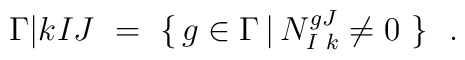
\Gamma \vert{k}{I}{J} \ = \ \{ \, g \in \Gamma \, |\,         N^{gJ}_{I\, \, k} \neq 0 \ \}\ \ .